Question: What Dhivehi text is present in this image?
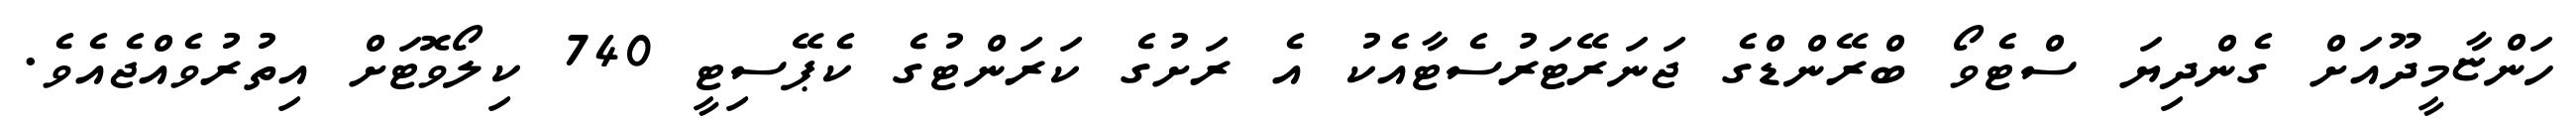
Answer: ހަންޏާމީދޫއަށް ގެންދިޔަ ސްޓެވޯ ބްރޭންޑްގެ ޖަނަރޭޓަރުސެޓާއެކު އެ ރަށުގެ ކަރަންޓުގެ ކެޕޭސިޓީ 740 ކިލޯވޮޓަށް އިތުރުވެއްޖެއެވެ.